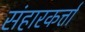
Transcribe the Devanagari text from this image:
संहारकर्त्ता